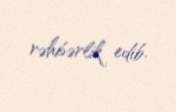
rəhbərlik edib.